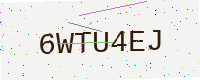
Text: 6WTU4EJ